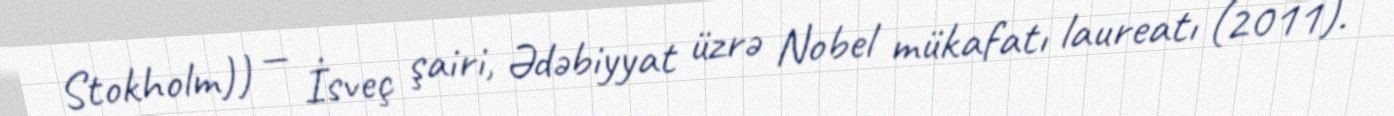
Stokholm)) — İsveç şairi, Ədəbiyyat üzrə Nobel mükafatı laureatı (2011).